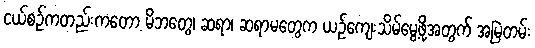
ငယ်စဥ်ကတည်းကတော့ မိဘတွေ၊ ဆရာ၊ ဆရာမတွေက ယဥ်ကျေးသိမ်မွေ့ဖို့အတွက် အမြဲတမ်း